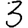
Digit: 3